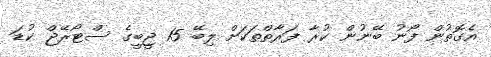
އެގޮތުން ފޯނު ބޭނުން ކުރާ ފަރާތްތަކަށް ލިބޭ 15 ޖީބީގެ ސްޓޯރޭޖް ކުޑަ